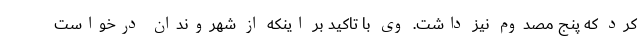
کرد که پنج مصدوم نیز داشت. وی با تاکید بر اینکه از شهروندان درخواست